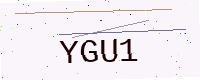
Text: YGU1